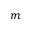
m